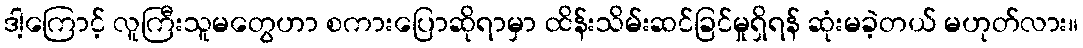
ဒါ့ကြောင့် လူကြီးသူမတွေဟာ စကားပြောဆိုရာမှာ ထိန်းသိမ်းဆင်ခြင်မှုရှိရန် ဆုံးမခဲ့တယ် မဟုတ်လား။